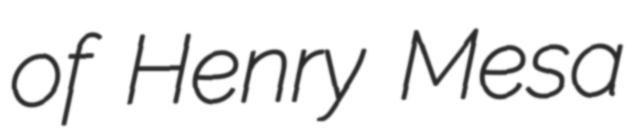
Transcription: of Henry Mesa